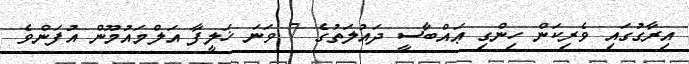
އިރާގުގައި ވެރިކަން ހިންގި ޢައްބާސީ ދައުލަތުގެ 7 ވަނަ ޚަލީފާ އަލްމައުމޫން އުފަންވެ